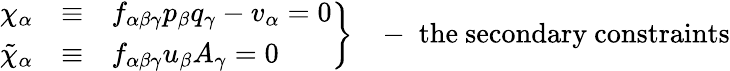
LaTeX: \left.\begin{array}{ccl}{{\chi_{\alpha}}}&{{\equiv}}&{{f_{\alpha\beta\gamma}p_{\beta}q_{\gamma}-v_{\alpha}=0}}\\ {{\tilde{\chi}_{\alpha}}}&{{\equiv}}&{{f_{\alpha\beta\gamma}u_{\beta}A_{\gamma}=0}}\end{array}\right\} \; \; \; -\; \mathrm{the~secondary~constraints}